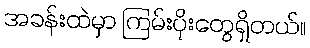
အခန်းထဲမှာ ကြမ်းပိုးတွေရှိတယ်။